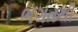
ભગતથી